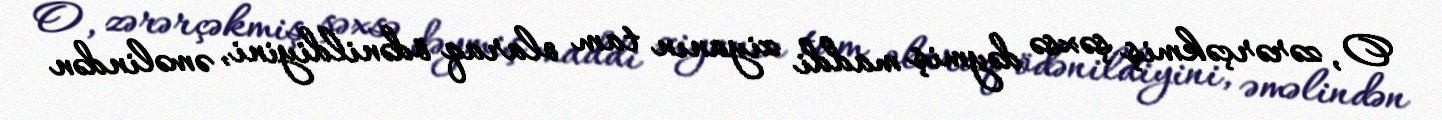
O, zərərçəkmiş şəxsə dəymiş maddi ziyanın tam olaraq ödənildiyini, əməlindən